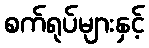
စက်ရုပ်များနှင့်